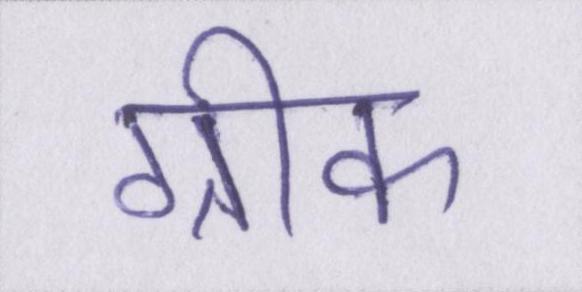
ग्रीक